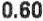
0.60